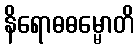
နိရောဓဓမ္မောတိ